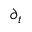
\partial _ { t }